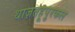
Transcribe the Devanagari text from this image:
थाज़तहूपुरकल